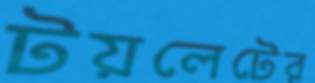
টয়লেটের